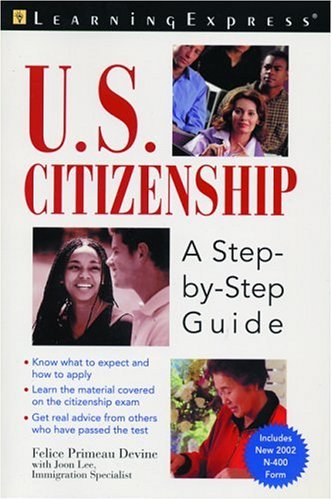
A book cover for Us Citizenship: A Step by Step Guide; Felice Devine; Test Preparation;